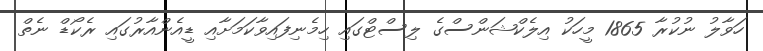
ހަވާލު ނުކުރާ 1865 މީހަކު އިލެކްޝަންސްގެ ލިސްޓްގައި ހިމެނިފައިވާކަމަށާއި ޑީއެންއާރުގައި ރެކޯޑް ނެތް